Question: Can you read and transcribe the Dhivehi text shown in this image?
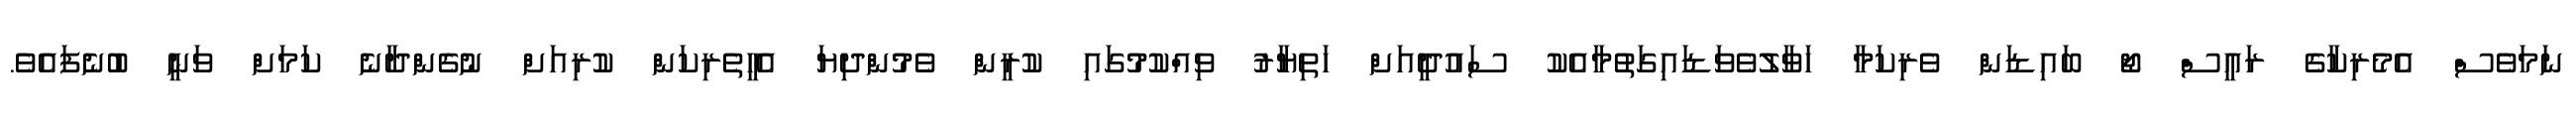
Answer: ނަމަވެސް އެމެރިކާގެ ރައީސް ޖޯ ބައިޑަން ވެރިކަމާ ހަވާލުވެވަޑައިގަތުމާއެކު ސައުދީއަށް ހަތިޔާރު ވިއްކުމުގައި ކުރީން ވެމުންދިޔަ އެހީތެރިކަން ކުރިއަށް ނުގެންދާނެ ކަމަށް ވަނީ ބުނެފައެވެ.